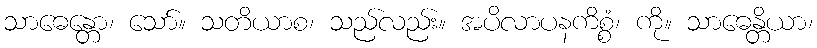
သာဓေန္တော၊ သော်။ သတိယာစ၊ သည်လည်း။ အပိလာပနကိစ္စံ၊ ကို။ သာဓေန္တိယာ၊